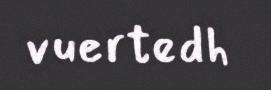
vuertedh